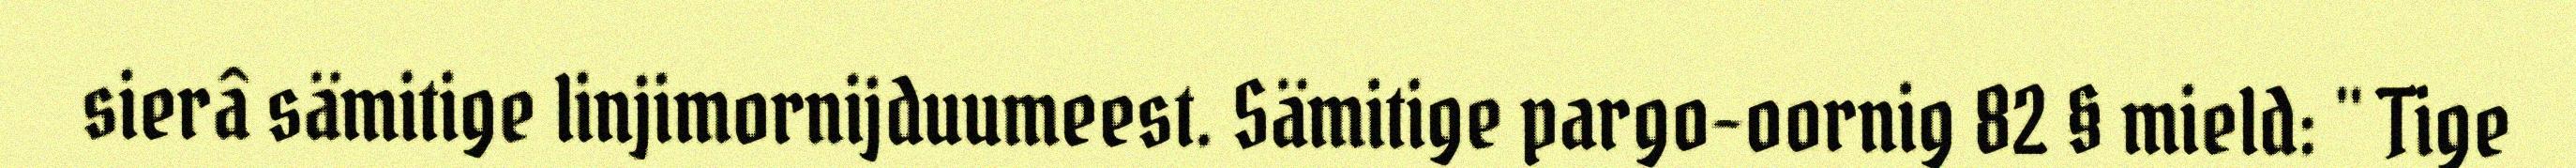
sierâ sämitige linjimornijduumeest. Sämitige pargo-oornig 82 § mield: " Tige